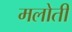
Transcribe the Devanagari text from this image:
मलोती